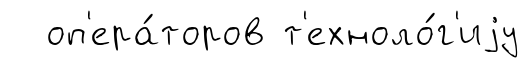
оп'ера́торов т'ехноло́г'иjу